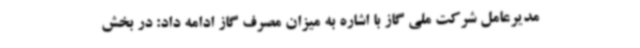
مدیرعامل شرکت ملی گاز با اشاره به میزان مصرف گاز ادامه داد: در بخش